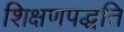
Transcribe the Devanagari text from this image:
शिक्षणपद्धति